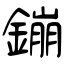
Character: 鏰